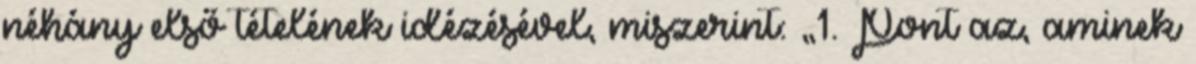
néhány első tételének idézésével, miszerint: „1. Pont az, aminek